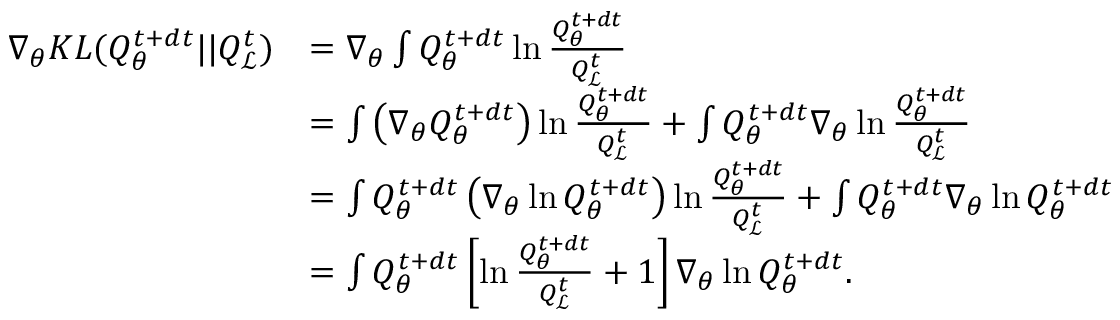
\begin{array} { r l } { \nabla _ { \theta } K L ( Q _ { \theta } ^ { t + d t } | | Q _ { \mathcal { L } } ^ { t } ) } & { = \nabla _ { \theta } \int Q _ { \theta } ^ { t + d t } \ln \frac { Q _ { \theta } ^ { t + d t } } { Q _ { \mathcal { L } } ^ { t } } } \\ & { = \int \left( \nabla _ { \theta } Q _ { \theta } ^ { t + d t } \right) \ln \frac { Q _ { \theta } ^ { t + d t } } { Q _ { \mathcal { L } } ^ { t } } + \int Q _ { \theta } ^ { t + d t } \nabla _ { \theta } \ln \frac { Q _ { \theta } ^ { t + d t } } { Q _ { \mathcal { L } } ^ { t } } } \\ & { = \int Q _ { \theta } ^ { t + d t } \left( \nabla _ { \theta } \ln Q _ { \theta } ^ { t + d t } \right) \ln \frac { Q _ { \theta } ^ { t + d t } } { Q _ { \mathcal { L } } ^ { t } } + \int Q _ { \theta } ^ { t + d t } \nabla _ { \theta } \ln Q _ { \theta } ^ { t + d t } } \\ & { = \int Q _ { \theta } ^ { t + d t } \left[ \ln \frac { Q _ { \theta } ^ { t + d t } } { Q _ { \mathcal { L } } ^ { t } } + 1 \right] \nabla _ { \theta } \ln Q _ { \theta } ^ { t + d t } . } \end{array}